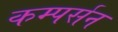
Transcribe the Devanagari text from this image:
कम्पर्सन